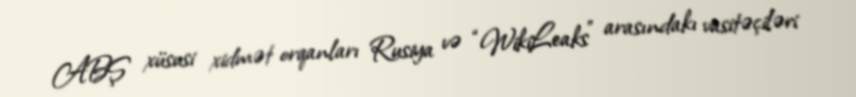
ABŞ xüsusi xidmət orqanları Rusiya və “WikiLeaks” arasındakı vasitəçiləri